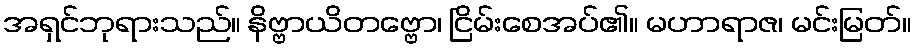
အရှင်ဘုရားသည်။ နိဗ္ဗာယိတဗ္ဗော၊ ငြိမ်းစေအပ်၏။ မဟာရာဇ၊ မင်းမြတ်။